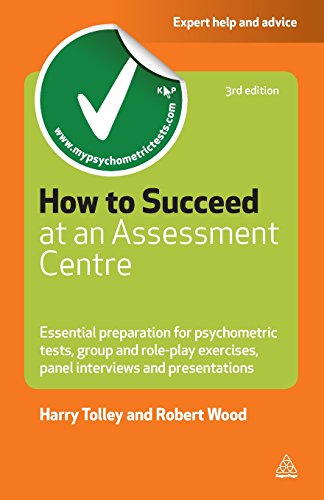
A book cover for How to Succeed at an Assessment Centre: Essential Preparation for Psychometric Tests, Group and Role-Play Exercises, Panel Interviews and Presentations (Careers & Testing); Harry Tolley; Reference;